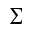
\scriptstyle \sum